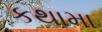
કથામા